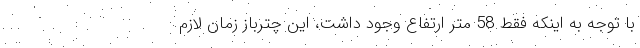
با توجه به اینکه فقط 58 متر ارتفاع وجود داشت، این چترباز زمان لازم